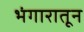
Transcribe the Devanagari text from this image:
भंगारातून